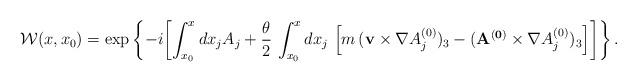
LaTeX: \begin{align*}{\cal W}(x,x_0) =\exp\left\{-i\biggl[ \int_{x_0}^x dx_j A_j + \frac{\theta}{2}\, \int_{x_0}^x dx_j \,\left[ m \, ({\bf v}\times \nabla A^{(0)}_j)_3 - ({\bf A^{(0)}}\times \nabla A^{(0)}_j)_3 \right]\biggr]\right\}. \end{align*}